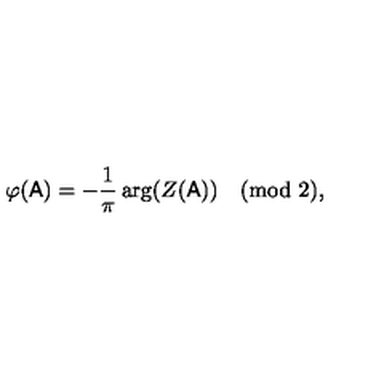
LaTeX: \varphi ( \mathsf { A } ) = - \frac 1 \pi \arg ( Z ( \mathsf { A } ) ) \pmod 2 ,